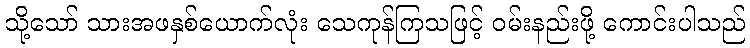
သို့သော် သားအဖနှစ်ယောက်လုံး သေကုန်ကြသဖြင့် ဝမ်းနည်းဖို့ ကောင်းပါသည်